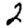
Digit: 2